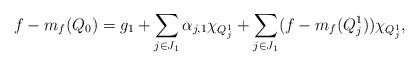
LaTeX: \begin{align*}f-m_f(Q_0)=g_1+\sum_{j\in J_1}\alpha_{j,1}\chi_{Q^1_j}+\sum_{j\in J_1}(f-m_f(Q^1_j))\chi_{Q^1_j},\end{align*}